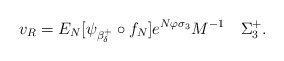
\begin{align*}v_R=E_N [\psi_{\beta_{\delta}^+}\circ f_N] e^{N\varphi \sigma_3}M^{-1}\quad\Sigma_3^+.\end{align*}